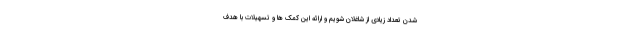
شدن تعداد زیادی از شاغلان شویم و ارائه این کمک ها و تسهیلات با هدف